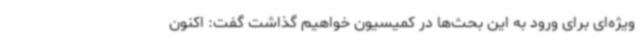
ویژه‌ای برای ورود به این بحث‌ها در کمیسیون خواهیم گذاشت گفت: اکنون